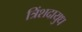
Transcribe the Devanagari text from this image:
त्रिंशदायुध